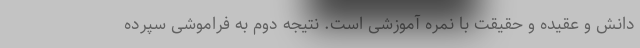
دانش و عقیده و حقیقت با نمره آموزشی است. نتیجه دوم به فراموشی سپرده